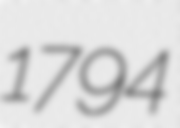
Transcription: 1794